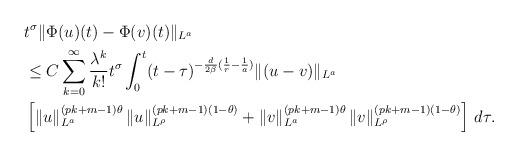
LaTeX: \begin{align*} & t^{\sigma}\|\Phi(u)(t)-\Phi(v)(t)\|_{L^a} \\ &\leq C \sum_{k=0}^{\infty} \frac{\lambda^k}{k!} t^{\sigma} \int_0^t (t-\tau)^{-\frac d{2\beta}(\frac 1r-\frac 1a)} \|(u-v)\|_{L^a}\\ &\left[\|u\|_{L^{a}}^{(pk+m-1)\theta} \, \|u\|_{L^{\rho}}^{(pk+m-1)(1-\theta)}+\|v\|_{L^{a}}^{(pk+m-1)\theta} \, \|v\|_{L^{\rho}}^{(pk+m-1)(1-\theta)}\right] \, d\tau.\end{align*}